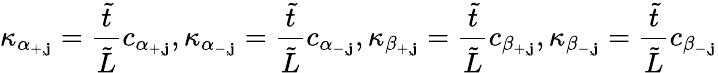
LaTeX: \kappa_{\alpha_{+,\mathbf{j}}}=\frac{{\tilde{{t}}}}{{\tilde{{L}}}}c_{\alpha_{+,\mathbf{j}}},\kappa_{\alpha_{-,\mathbf{j}}}=\frac{{\tilde{{t}}}}{{\tilde{{L}}}}c_{\alpha_{-,\mathbf{j}}},\kappa_{\beta_{+,\mathbf{j}}}=\frac{{\tilde{{t}}}}{{\tilde{{L}}}}c_{\beta_{+,\mathbf{j}}},\kappa_{\beta_{-,\mathbf{j}}}=\frac{{\tilde{{t}}}}{{\tilde{{L}}}}c_{\beta_{-,\mathbf{j}}}